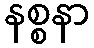
နစ္စနာ